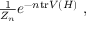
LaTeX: \textstyle { \frac { 1 } { Z _ { n } } } e ^ { - n \mathrm { t r } V ( H ) } ~ ,